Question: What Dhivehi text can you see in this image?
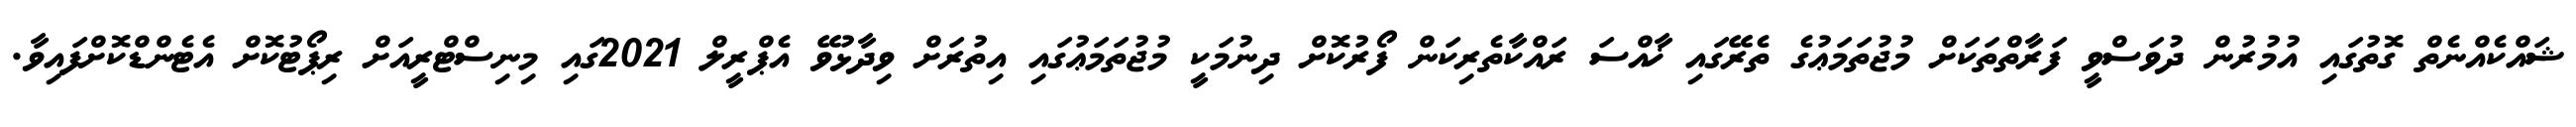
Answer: ޝައްކެއްނެތް ގޮތުގައި އުމުރުން ދުވަސްވީ ފަރާތްތަކަށް މުޖުތަމަޢުގެ ތެރޭގައި ޚާއްސަ ރައްކާތެރިކަން ފޯރުކޮށް ދިނުމަކީ މުޖުތަމަޢުގައި އިތުރަށް ވިދާޅުވޭ އެޕްރީލް 2021ގައި މިނިސްޓްރީއަށް ރިޕޯޓުކޮށް އެޓެންޑްކޮށްފައިވާ.